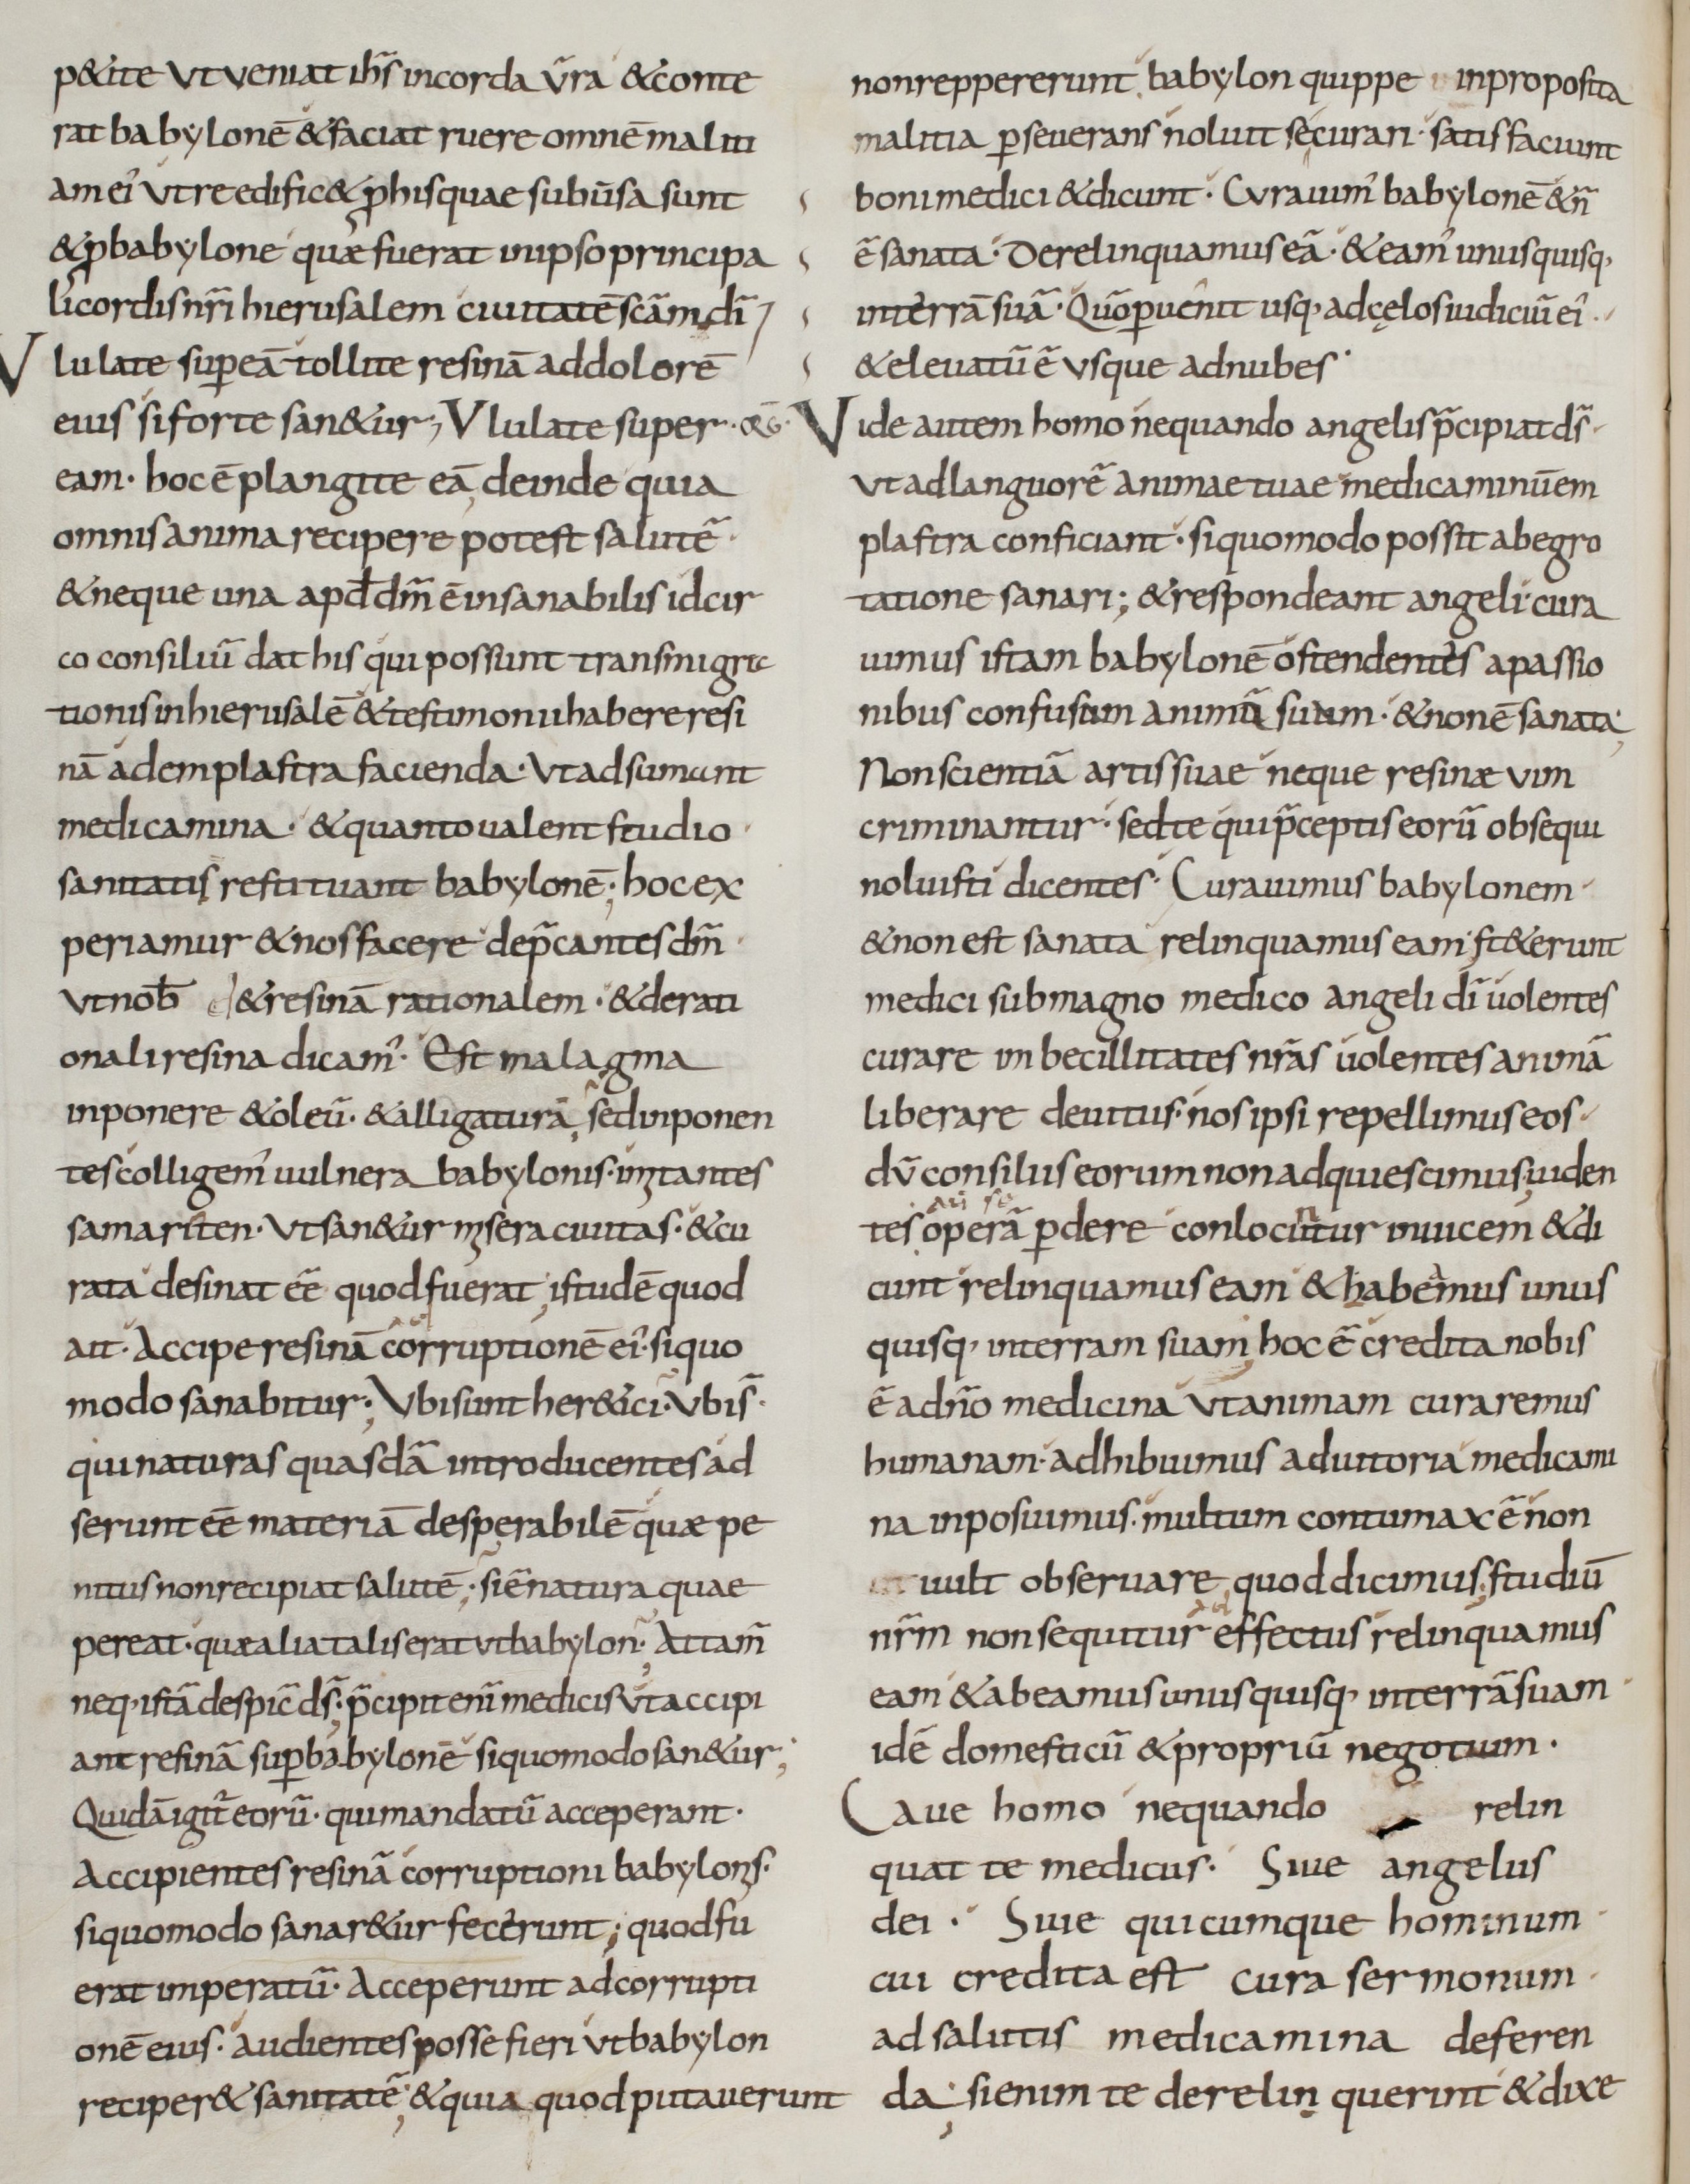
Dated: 800–899